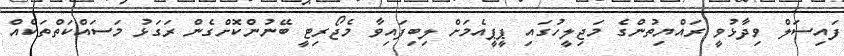
ފައިސަލް ވިދާޅުވީ ރައްޔިތުންގެ މަޖިލީހުގައި ޕީޕީއެމަށް ލިބިފައިވާ މެޖޯރިޓީ ބޭނުންކޮށްގެން ރަގަޅު މަސައްކަތްތަކެއް